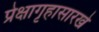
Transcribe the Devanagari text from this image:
प्रेक्षागृहासारखे